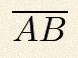
\overline{AB}